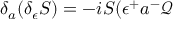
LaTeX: \delta _ { a } ( \delta _ { \epsilon } S ) = - i S ( \epsilon ^ { + } a ^ { - } \mathcal { Q }